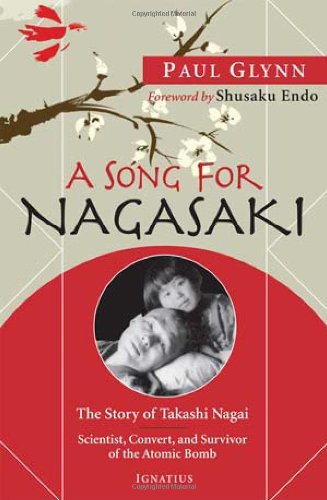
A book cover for A Song for Nagasaki: The Story of Takashi Nagai-Scientist, Convert, and Survivor of the Atomic Bomb; Fr. Paul Glynn; Biographies & Memoirs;